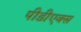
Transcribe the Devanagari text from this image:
पीडीएक्स